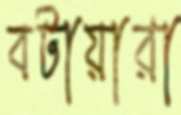
বটায়ারা